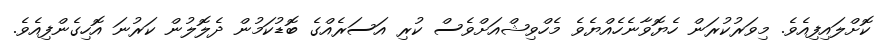
ކޮށްލައިފިއެވެ. މިވަރުކުރަން ހެޔޮވާނެހެއްޔެވެ މެހްވިޝްއަށްވެސް ކުރި އަސަރެއްގެ ބޮޑުކަމުން ދެލޮލުން ކަރުނަ އޮހިގެންފިއެވެ.